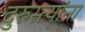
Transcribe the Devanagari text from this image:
दुरुस्त्यांना